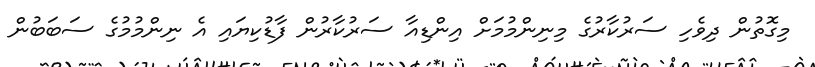
މިގޮތުން ދިވެހި ސަރުކާރުގެ މިނިންމުމަށް އިންޑިއާ ސަރުކާރުން ފާޑުކިޔައި އެ ނިންމުމުގެ ސަބަބުން